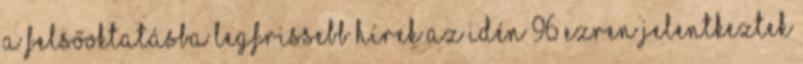
a felsőoktatásba Legfrissebb hírek Az idén 96 ezren jelentkeztek